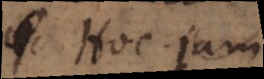
Hoc jam